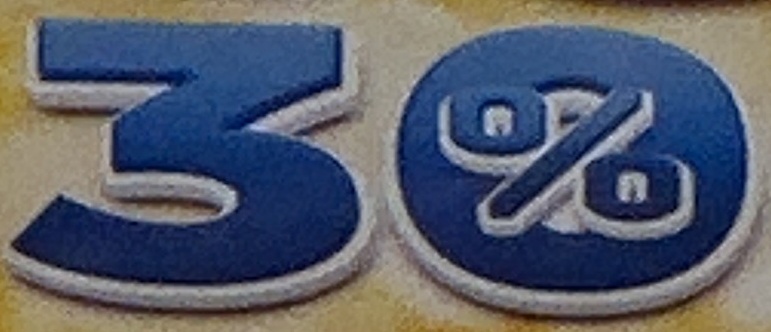
30